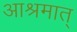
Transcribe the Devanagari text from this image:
आश्रमात्‌